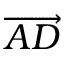
\overrightarrow { A D }